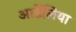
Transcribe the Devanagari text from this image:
आर्डेलिया